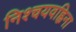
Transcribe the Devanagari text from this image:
निश्चयवह्निना